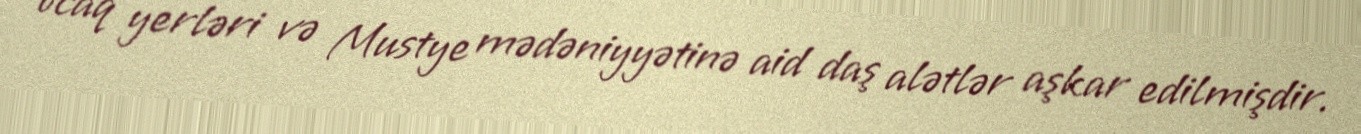
ocaq yerləri və Mustye mədəniyyətinə aid daş alətlər aşkar edilmişdir.